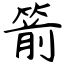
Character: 箭